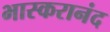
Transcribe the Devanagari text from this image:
भास्‍करानंद